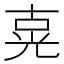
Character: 𰃍